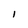
Character: I